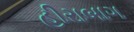
હીરાબાગ